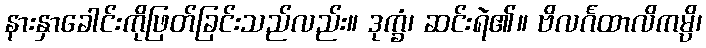
နားနှာခေါင်းကိုဖြတ်ခြင်းသည်လည်း။ ဒုက္ခံ၊ ဆင်းရဲ၏။ ဗိလင်္ဂထာလိကမ္ပိ၊